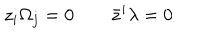
z _ { i } \Omega _ { j } = 0 \qquad \bar { z } ^ { i } \lambda = 0